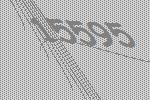
15595